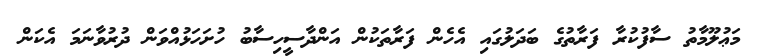
މަޢުލޫމާތު ސާފުކުރާ ފަރާތުގެ ބަދަލުގައި އެހެން ފަރާތަކުން އަންދާސީހިސާބު ހުށަހަޅުއްވަން ދުރުވާނަމަ އެކަން